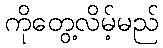
ကိုတွေ့လိမ့်မည်